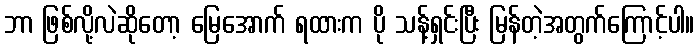
ဘာ ဖြစ်လို့လဲဆိုတော့ မြေအောက် ရထားက ပို သန့်ရှင်းပြီး မြန်တဲ့အတွက်ကြောင့်ပါ။